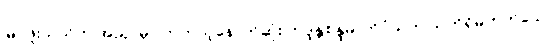
မြင်ဖူးသည်ဟု အညှာမှာ တကယ့်နောက်ဆုံး ဘဒ္ဒန္တစန္ဒိမာဘိဝံသက သက်ရှိမဟုတ်သော